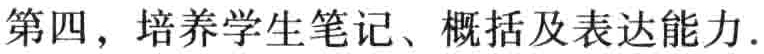
第四，培养学生笔记、概括及表达能力.